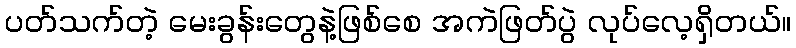
ပတ်သက်တဲ့ မေးခွန်းတွေနဲ့ဖြစ်စေ အကဲဖြတ်ပွဲ လုပ်လေ့ရှိတယ်။